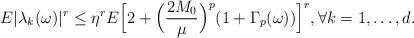
LaTeX: \begin{align*}E|\lambda_k(\omega)|^r \leq \eta^r E \Big[ 2 + \Big(\frac{2M_0}{\mu}\Big)^{p} (1+ \Gamma_p(\omega)) \Big]^r, \forall k = 1,\dots,d.\end{align*}